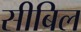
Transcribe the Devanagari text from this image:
सीबिल